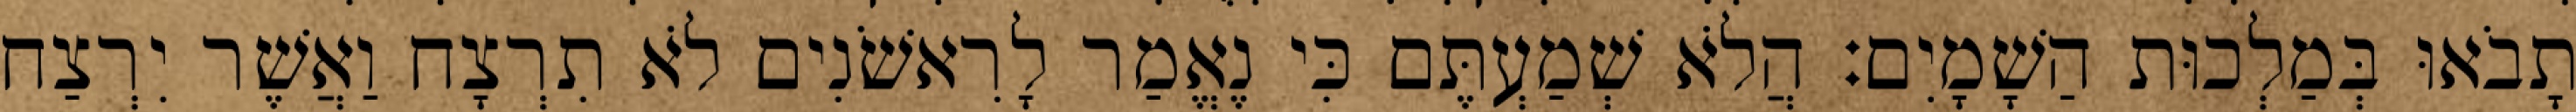
תָבֹאוּ בְּמַלְכוּת הַשָׁמָיִם׃ הֲלֹא שְׁמַעְתֶּם כִּי נֶאֱמַר לָרִאשֹׁנִים לֹא תִרְצָח וַאֲשֶׁר יִרְצַח